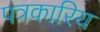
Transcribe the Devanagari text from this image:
पत्रकारिय